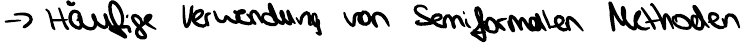
-> Häufige Verwendung von Semiformalen Methoden